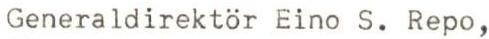
Generaldirektör Eino S. Repo,